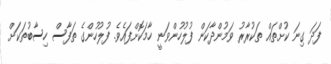
ފަދަ ގިނަ ކުށްތައް ތަކުރާރު ވަމުންދާކަން ފުލުހުންވަނީ ހާމަކޮށްފައެވެ. ފުލުހުންގެ ތަފާސް ހިސާބުތަކަށް